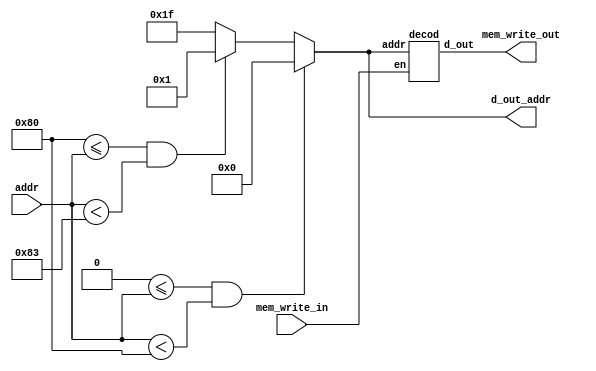
`timescale 1ns/1ps

`define REG_WIDTH 32
`define ADDR_WIDTH $clog2(`REG_WIDTH)

module data_control(addr, mem_write_in, mem_write_out, d_out_addr);

input [`REG_WIDTH-1:0] addr;
input mem_write_in;

output [`REG_WIDTH-1:0] mem_write_out;
output reg [`ADDR_WIDTH-1:0] d_out_addr;

decod dec_0(d_out_addr, mem_write_out, mem_write_in);

always @* begin
	if(0 <= addr && addr < 128) begin
		d_out_addr = 0;
	end
	else if(128 <= addr && addr < 131) begin
		d_out_addr = 1;
	end
	else d_out_addr = 31;
end
	
endmodule


module decod(addr, d_out, en);

input [`ADDR_WIDTH-1:0] addr;
input en;

output reg [`REG_WIDTH-1:0] d_out;

always @* begin

if(!en) d_out = 0;
else
	casez(addr)
		0:  d_out = 32'b00000000000000000000000000000001;
		1:  d_out = 32'b00000000000000000000000000000010;
		2:  d_out = 32'b00000000000000000000000000000100;
		3:  d_out = 32'b00000000000000000000000000001000;
		4:  d_out = 32'b00000000000000000000000000010000;
		5:  d_out = 32'b00000000000000000000000000100000;
		6:  d_out = 32'b00000000000000000000000001000000;
		7:  d_out = 32'b00000000000000000000000010000000;
		8:  d_out = 32'b00000000000000000000000100000000;
		9:  d_out = 32'b00000000000000000000001000000000;
		10: d_out = 32'b00000000000000000000010000000000;
		11: d_out = 32'b00000000000000000000100000000000;
		12: d_out = 32'b00000000000000000001000000000000;
		13: d_out = 32'b00000000000000000010000000000000;
		14: d_out = 32'b00000000000000000100000000000000;
		15: d_out = 32'b00000000000000001000000000000000; 
		16: d_out = 32'b00000000000000010000000000000000;
		17: d_out = 32'b00000000000000100000000000000000;
		18: d_out = 32'b00000000000001000000000000000000;
		19: d_out = 32'b00000000000010000000000000000000;
		20: d_out = 32'b00000000000100000000000000000000;
		21: d_out = 32'b00000000001000000000000000000000;
		22: d_out = 32'b00000000010000000000000000000000;
		23: d_out = 32'b00000000100000000000000000000000;
		24: d_out = 32'b00000001000000000000000000000000;
		25: d_out = 32'b00000010000000000000000000000000;
		26: d_out = 32'b00000100000000000000000000000000;
		27: d_out = 32'b00001000000000000000000000000000;
		28: d_out = 32'b00010000000000000000000000000000;
		29: d_out = 32'b00100000000000000000000000000000;
		30: d_out = 32'b01000000000000000000000000000000;
		31: d_out = 32'b10000000000000000000000000000000;
	endcase
end
endmodule